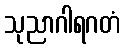
သုညာဂါရဂတံ